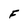
Character: F